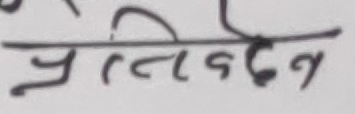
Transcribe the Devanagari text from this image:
प्रतिवेदन